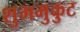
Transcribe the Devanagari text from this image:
शुभमुकुट